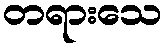
တရားသေ